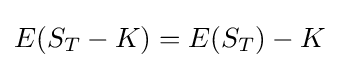
E(S_{T}-K)=E(S_{T})-K